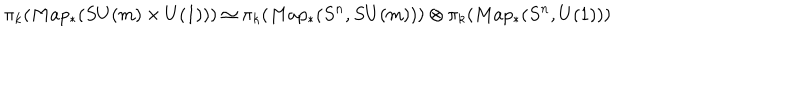
LaTeX: \pi _ { k } ( M a p _ { \ast } ( S U ( m ) \times U ( 1 ) ) ) \simeq \pi _ { k } ( M a p _ { \ast } ( S ^ { n } , S U ( m ) ) ) \otimes \pi _ { k } ( M a p _ { \ast } ( S ^ { n } , U ( 1 ) ) )